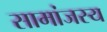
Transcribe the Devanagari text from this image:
सामांजस्य